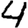
Digit: 4